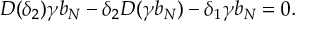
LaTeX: D ( \delta _ { 2 } ) \gamma b _ { N } - \delta _ { 2 } D ( \gamma b _ { N } ) - \delta _ { 1 } \gamma b _ { N } = 0 .